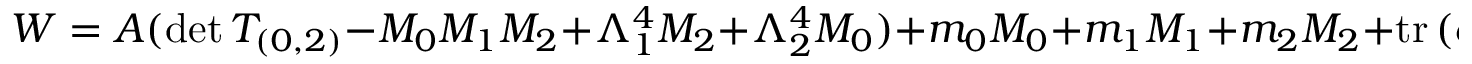
W = A ( \mathrm { d e t } \, T _ { ( 0 , 2 ) } - M _ { 0 } M _ { 1 } M _ { 2 } + \Lambda _ { 1 } ^ { 4 } M _ { 2 } + \Lambda _ { 2 } ^ { 4 } M _ { 0 } ) + m _ { 0 } M _ { 0 } + m _ { 1 } M _ { 1 } + m _ { 2 } M _ { 2 } + \mathrm { t r } \, ( c \, T _ { ( 0 , 2 ) } )